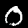
Label: 0